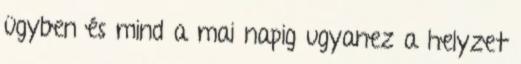
ügyben és mind a mai napig ugyanez a helyzet